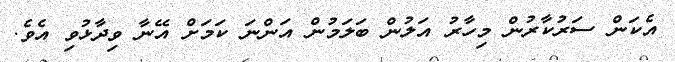
އެކަން ސަރުކާރުން މިހާރު އަލުން ބަލަމުން އަންނަ ކަމަށް އޭނާ ވިދާޅުވި އެވެ.